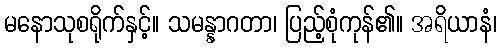
မနောသုစရိုက်နှင့်။ သမန္နာဂတာ၊ ပြည့်စုံကုန်၏။ အရိယာနံ၊